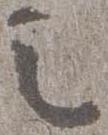
之